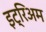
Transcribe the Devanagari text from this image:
इट्रिअम